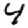
Digit: 4